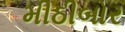
મીઠીબોર